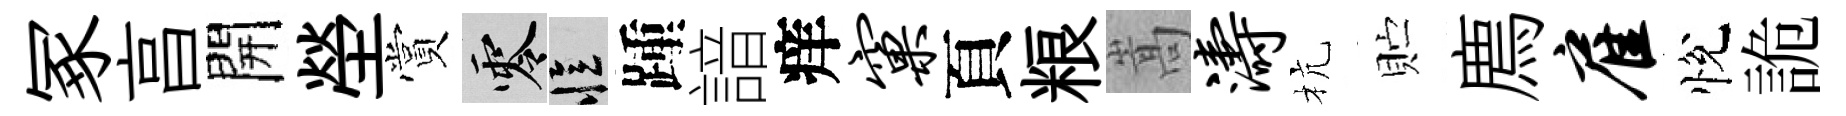
冢亯開塋賞零忆踵諳痒窠頁粮嵩涛杭贮廌雇悅詭